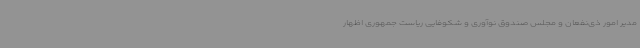
مدیر امور ذی‌نفعان و مجلس صندوق نوآوری و شکوفایی ریاست جمهوری اظهار